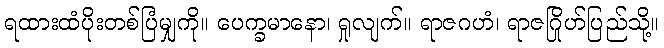
ရထားထံပိုးတစ်ပြံမျှကို။ ပေက္ခမာနော၊ ရှုလျက်။ ရာဇဂဟံ၊ ရာဇဂြိုဟ်ပြည်သို့။